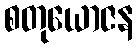
စတုယောဇန